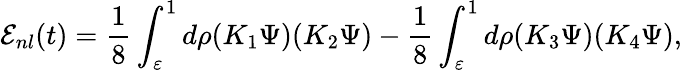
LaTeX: {\cal E}_{nl}(t)=\frac{1}{8}\int_{\varepsilon}^{1}d\rho(K_{1}\Psi)(K_{2}\Psi)-\frac{1}{8}\int_{\varepsilon}^{1}d\rho(K_{3}\Psi)(K_{4}\Psi),